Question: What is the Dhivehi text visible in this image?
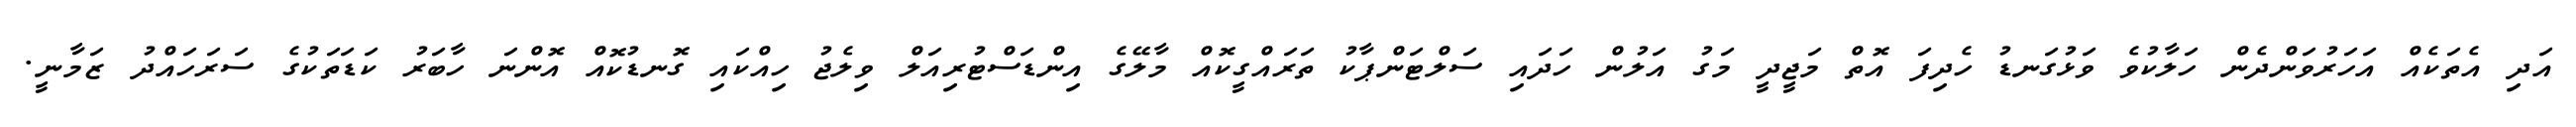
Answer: އަދި އެތަކެއް އަހަރުވަންދެން ހަލާކުވެ ވަޅުގަނޑު ހެދިފަ އޮތް މަޖީދީ މަގު އަލުން ހަދައި ސަލްޓަންޕާކު ތަރައްގީކޮއް މާލޭގެ އިންޑަސްޓުރިއަލް ވިލެޖު ހިއްކައި ގޮނޑުކޮއް އޮންނަ ހާބަރު ކަޑަތަކުގެ ސަރަހައްދު ޒަމާނީ.